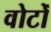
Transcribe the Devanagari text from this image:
वोटोँ